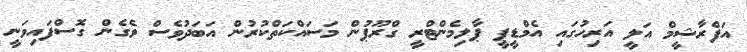
އަފްރާޝީމް އަލީ އަރިހުގައި އެމްޑީޕީ ޕާލިމެންޓްރީ ގްރޫޕުން މަސައްކަތްކުރުން އަބަދުވެސް ވެގެން ގޮސްފައިވަނީ